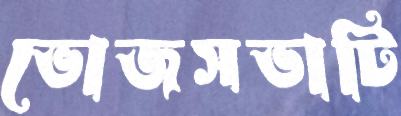
ভোজসভাটি